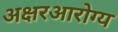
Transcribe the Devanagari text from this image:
अक्षरआरोग्य